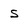
Character: S